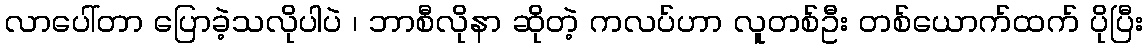
လာပေါ်တာ ပြောခဲ့သလိုပါပဲ ၊ ဘာစီလိုနာ ဆိုတဲ့ ကလပ်ဟာ လူတစ်ဦး တစ်ယောက်ထက် ပိုပြီး